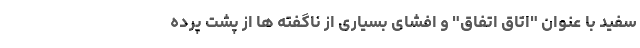
سفید با عنوان "اتاق اتفاق" و افشای بسیاری از ناگفته ها از پشت پرده